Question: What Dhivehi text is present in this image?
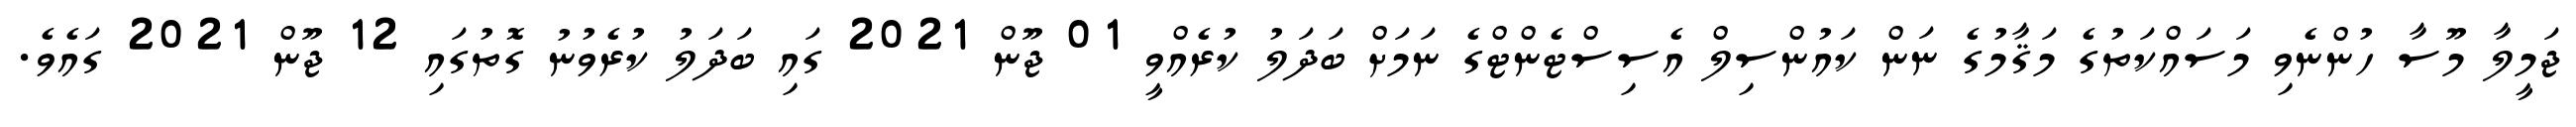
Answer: ޖަމީލާ މޫސާ ހުންނެވި މަސައްކަތުގެ މަޤާމުގެ ނަން ކައުންސިލް އެސިސްޓެންޓްގެ ނަމަށް ބަދަލު ކުރެއްވީ 01 ޖޫން 2021 ގައި ބަދަލު ކުރެވުނު ގޮތުގައި 12 ޖޫން 2021 ގައެވެ.